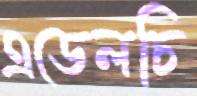
এডেলচি